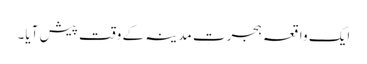
ایک واقعہ ہجرتِ مدینہ کے وقت پیش آیا۔